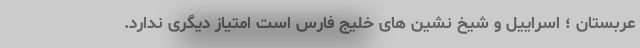
عربستان ؛ اسراییل و شیخ نشین های خلیج فارس است امتیاز دیگری ندارد.